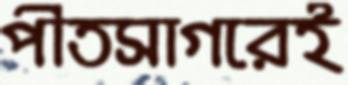
পীতসাগরেই